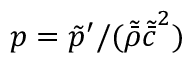
p = \tilde { p } ^ { \prime } / ( \tilde { \bar { \rho } } \tilde { \bar { c } } ^ { 2 } )